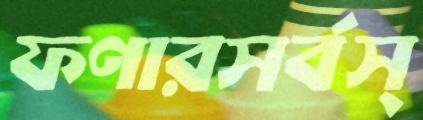
ফণারসর্বস্